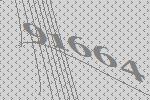
91664